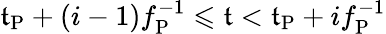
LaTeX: \mathfrak{t}_{\mathrm{{P}}}+(i-1)f_{\mathrm{{P}}}^{-1}\leqslant\mathfrak{t}<\mathfrak{t}_{\mathrm{{P}}}+if_{\mathrm{{P}}}^{-1}